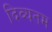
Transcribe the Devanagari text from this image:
दिव्यतम